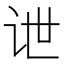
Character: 𰵔